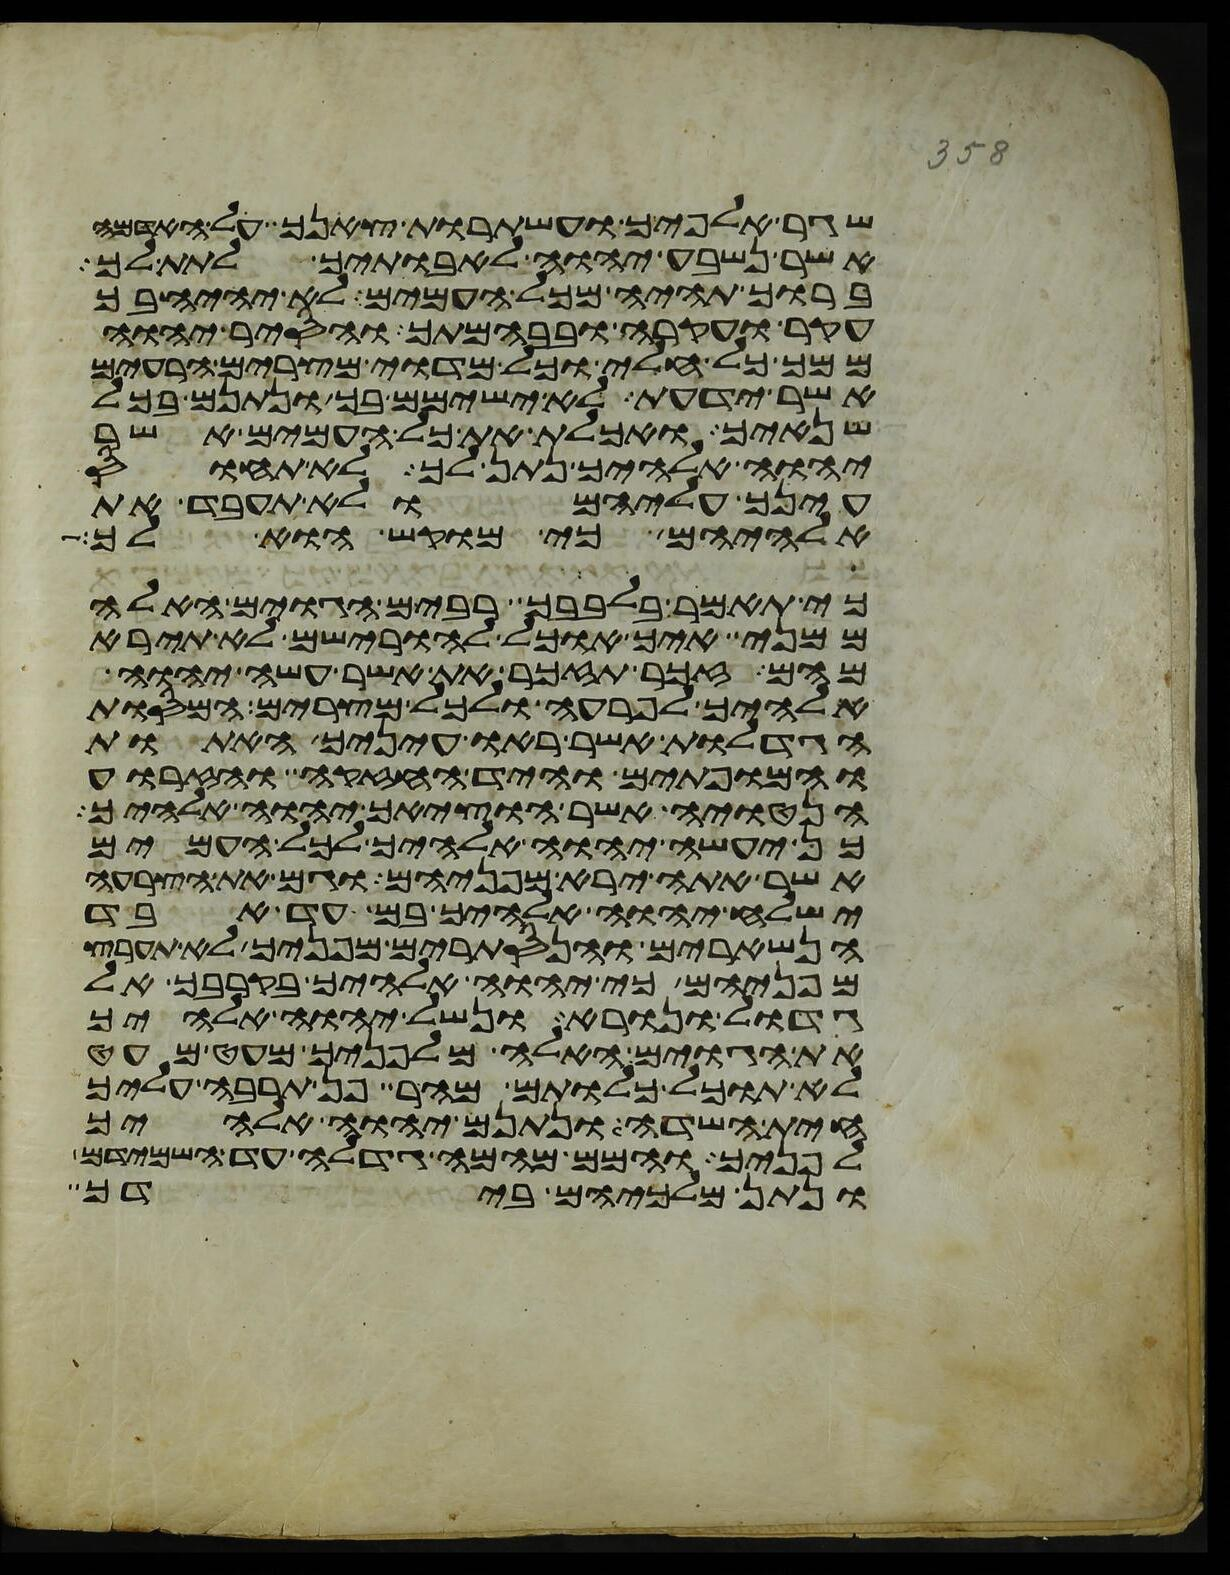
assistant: שגר אלפיך ועשתרות צאנך על האדמה
אשר נשבע יהוה לאבתיך לתת לך
ברוך תהיה מכל העמים לא יהיה בך
עקר ועקרה ובבהמתך והסיר יהוה
ממך כל חלי וכל מדוי מצרים הרעים
אשר ידעת לא ישימם בך ונתנם בכל
שנאיך ואכלת את כל העמים אשר
יהוה אלהיך נתן לך לא תחוס
עינך עליהם ולא תעבד את
אלהיהם כי מוקש הוא לך
כי תאמר בלבבך רבים הגוים האלה
ממני איך אוכל להורישם לא תירא
מהם זכר תזכר את אשר עשה יהוה
אלהיך לפרעה ולכל מצרים המסות
הגדלות אשר ראו עיניך האתות
והמופתים והיד החזקה והזרוע
הנטויה אשר הוציאך יהוה אלהיך
כן יעשה יהוה אלהיך לכל העמים
אשר אתה ירא מפניהם וגם את הצרעה
ישלח יהוה אלהיך בם עד אבד
הנשארים והנסתרים מפניך לא תערץ
מפניהם כי יהוה אלהיך בקרבך אל
גדול ונורא ונשל יהוה אלהיך
את הגוים האלה מלפניך מעט מעט
לא תוכל כלותם מהר פן תרבה עליך
חית השדה ונתנם יהוה אלהיך
לפניך והמם מהמה גדלה עד השמידם
ונתן מלכיהם בידך